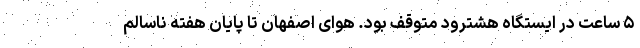
۵ ساعت در ایستگاه هشترود متوقف بود. هوای اصفهان تا پایان هفته ناسالم